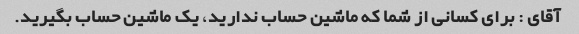
آقای : برای کسانی از شما که ماشین حساب ندارید، یک ماشین حساب بگیرید.